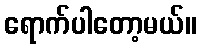
ရောက်ပါတော့မယ်။